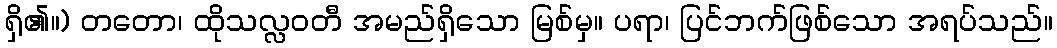
ရှိ၏။) တတော၊ ထိုသလ္လဝတီ အမည်ရှိသော မြစ်မှ။ ပရာ၊ ပြင်ဘက်ဖြစ်သော အရပ်သည်။